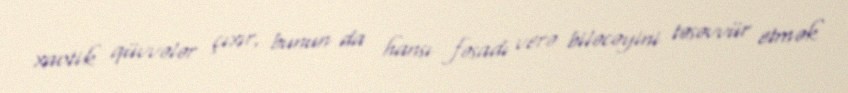
xaotik qüvvələr çıxır, bunun da hansı fəsadı verə biləcəyini təsəvvür etmək